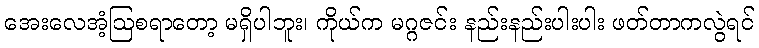
အေးလေအံ့ဩစရာတော့ မရှိပါဘူး၊ ကိုယ်က မဂ္ဂဇင်း နည်းနည်းပါးပါး ဖတ်တာကလွဲရင်